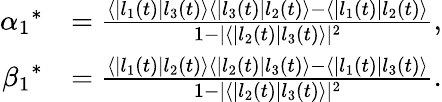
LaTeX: \begin{array}{rl}{{\alpha_{1}}^{\ast}}&{=\frac{\langle|l_{1}(t)|l_{3}(t)\rangle\langle|l_{3}(t)|l_{2}(t)\rangle-\langle|l_{1}(t)|l_{2}(t)\rangle}{1-|\langle|l_{2}(t)|l_{3}(t)\rangle|^{2}},}\\ {{\beta_{1}}^{\ast}}&{=\frac{\langle|l_{1}(t)|l_{2}(t)\rangle\langle|l_{2}(t)|l_{3}(t)\rangle-\langle|l_{1}(t)|l_{3}(t)\rangle}{1-|\langle|l_{2}(t)|l_{3}(t)\rangle|^{2}}.}\end{array}